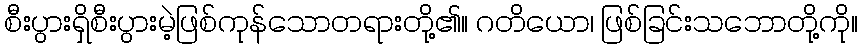
စီးပွားရှိစီးပွားမဲ့ဖြစ်ကုန်သောတရားတို့၏။ ဂတိယော၊ ဖြစ်ခြင်းသဘောတို့ကို။